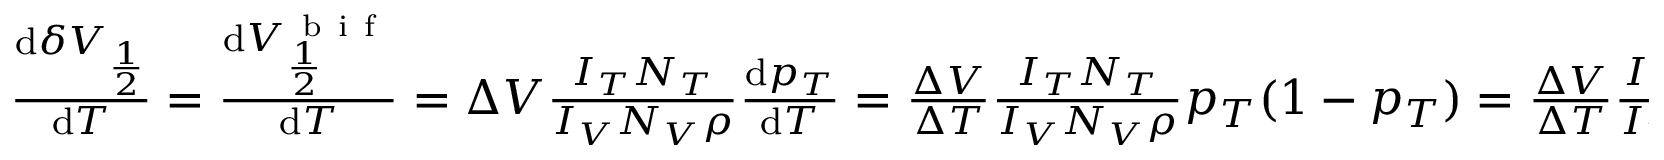
\begin{array} { r } { \frac { \mathrm { d } \delta V _ { \frac { 1 } { 2 } } } { \mathrm { d } T } = \frac { \mathrm { d } V _ { \frac { 1 } { 2 } } ^ { \mathrm { ~ b ~ i ~ f ~ } } } { \mathrm { d } T } = \Delta V \frac { I _ { T } N _ { T } } { I _ { V } N _ { V } \rho } \frac { \mathrm { d } p _ { T } } { \mathrm { d } T } = \frac { \Delta V } { \Delta T } \frac { I _ { T } N _ { T } } { I _ { V } N _ { V } \rho } p _ { T } ( 1 - p _ { T } ) = \frac { \Delta V } { \Delta T } \frac { I _ { T } N _ { T } \varrho } { I _ { V } N _ { V } \rho } , } \end{array}